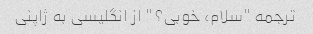
ترجمه "سلام، خوبی؟" از انگلیسی به ژاپنی